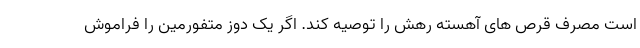
است مصرف قرص های آهسته رهش را توصیه کند. اگر یک دوز متفورمین را فراموش